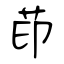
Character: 茚